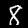
Digit: 8